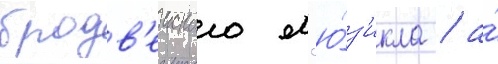
бродв'еиского м'ю́з'икла / а́